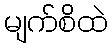
မျက်စိထဲ